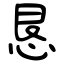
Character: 恳